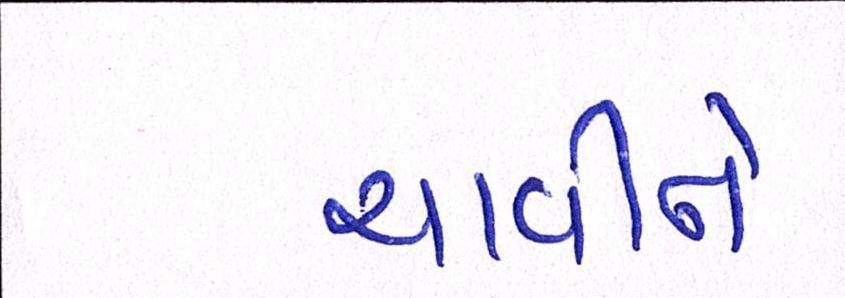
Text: ચાવીને